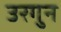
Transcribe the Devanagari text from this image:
उरगुन